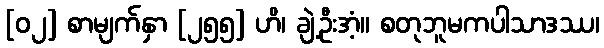
[၀၂] စာမျက်နှာ [၂၅၅] ဟိ၊ ချဲ့ဦးအံ့။ စတုဘူမကပါသာဒဿ၊